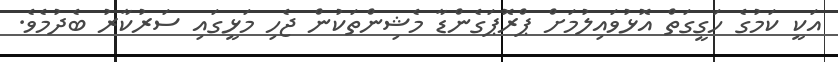
އަކީ ކަމުގެ ހަގީގަތް އޮޅުވައިލުމަށް ޕްރޮޕަގެންޑާ މެޝިންތަކުން ޖެހި މަޅީގައި ސަރުކާރު ބެދުމެވެ.